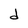
Character: d